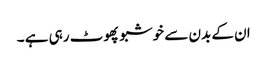
ان کے بدن سے خوشبو پھوٹ رہی ہے ۔